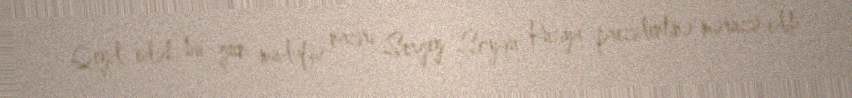
Qeyd edək bu gün müdafiə naziri Sergey Şoyqu Rusiya prezidentinə məruzə edib